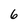
Character: 6